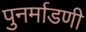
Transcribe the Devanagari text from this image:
पुनर्माडणी